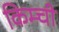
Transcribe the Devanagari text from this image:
किम्ची